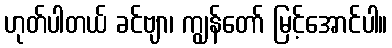
ဟုတ်ပါတယ် ခင်ဗျာ၊ ကျွန်တော် မြင့်အောင်ပါ။